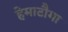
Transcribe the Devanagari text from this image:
हेमाटौमा